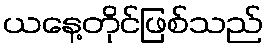
ယနေ့တိုင်ဖြစ်သည်